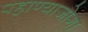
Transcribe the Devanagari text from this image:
पहाण्याजोगा